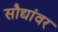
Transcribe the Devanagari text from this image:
सौद्यांवर